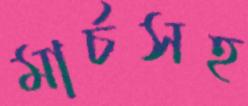
মার্চসহ